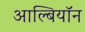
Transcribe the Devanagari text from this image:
आल्बियॉन